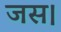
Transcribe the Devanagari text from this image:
जस।